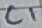
Text: C1